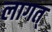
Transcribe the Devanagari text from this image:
लागत्